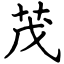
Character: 茂